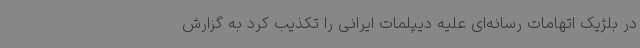
در بلژیک اتهامات رسانه‌ای علیه دیپلمات ایرانی را تکذیب کرد به گزارش